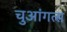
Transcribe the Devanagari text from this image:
चुआंगत्स